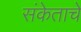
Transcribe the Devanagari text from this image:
संकेताचे